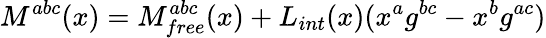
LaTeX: M^{abc}(x)=M_{free}^{abc}(x)+L_{int}(x)(x^{a}g^{bc}-x^{b}g^{ac})